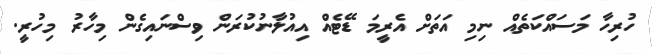
ހުރިހާ މަސައްކަތެއް ނިމި އަތަށް އެރީމަ ޑޭޓެއް އިއުލާނުކުރަން ވިސްނައިގެން މިހާރު މިހުރީ.